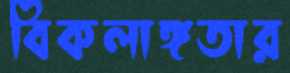
বিকলাঙ্গতার